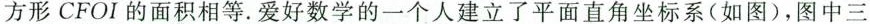
方形CFOI的面积相等.爱好数学的一个人建立了平面直角坐标系(如图)，图中三